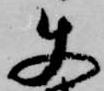
使